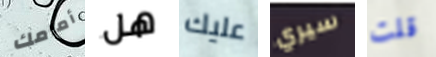
أمامك هل عليك سيري قلت